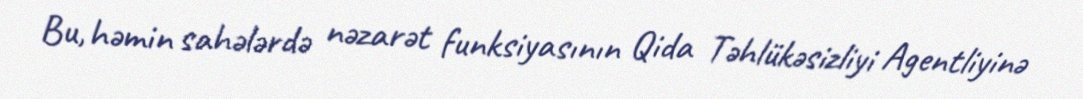
Bu, həmin sahələrdə nəzarət funksiyasının Qida Təhlükəsizliyi Agentliyinə